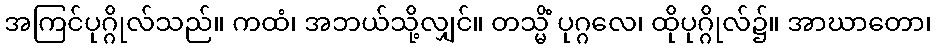
အကြင်ပုဂ္ဂိုလ်သည်။ ကထံ၊ အဘယ်သို့လျှင်။ တသ္မိံ ပုဂ္ဂလေ၊ ထိုပုဂ္ဂိုလ်၌။ အာဃာတော၊